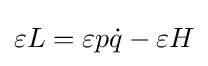
\varepsilon L=\varepsilon p{\dot {q}}-\varepsilon H